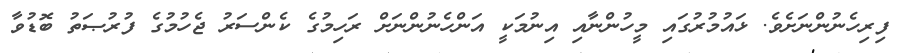
ފިރިހެނުންނަށެވެ. ޅައުމުރުގައި މީހުންނާއި އިނުމަކީ އަންހެނުންނަށް ރަހިމުގެ ކެންސަރު ޖެހުމުގެ ފުރުޞަތު ބޮޑުވާ